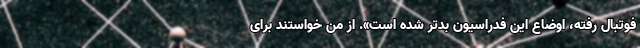
فوتبال رفته، اوضاع این فدراسیون بدتر شده است». از من خواستند برای